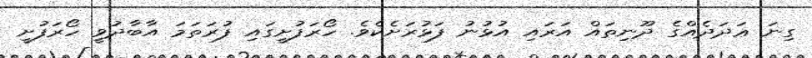
ގިނަ ޢަދަދެއްގެ ދޫނިތައް އަރައި އުޅުނު ފަޅުރަށެކެވެ. ހޯރަފުށީގައި ފުރަތަމަ އާބާދުވީ ހޯރަފުށީ